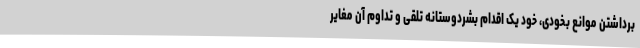
برداشتن موانع بخودی، خود یک اقدام بشردوستانه تلقی و تداوم آن مغایر